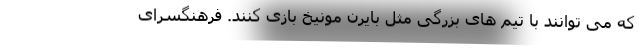
که می توانند با تیم های بزرگی مثل بایرن مونیخ بازی کنند. فرهنگسرای